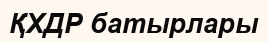
ҚХДР батырлары